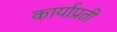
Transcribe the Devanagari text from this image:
कार्याप्रती